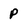
Character: p